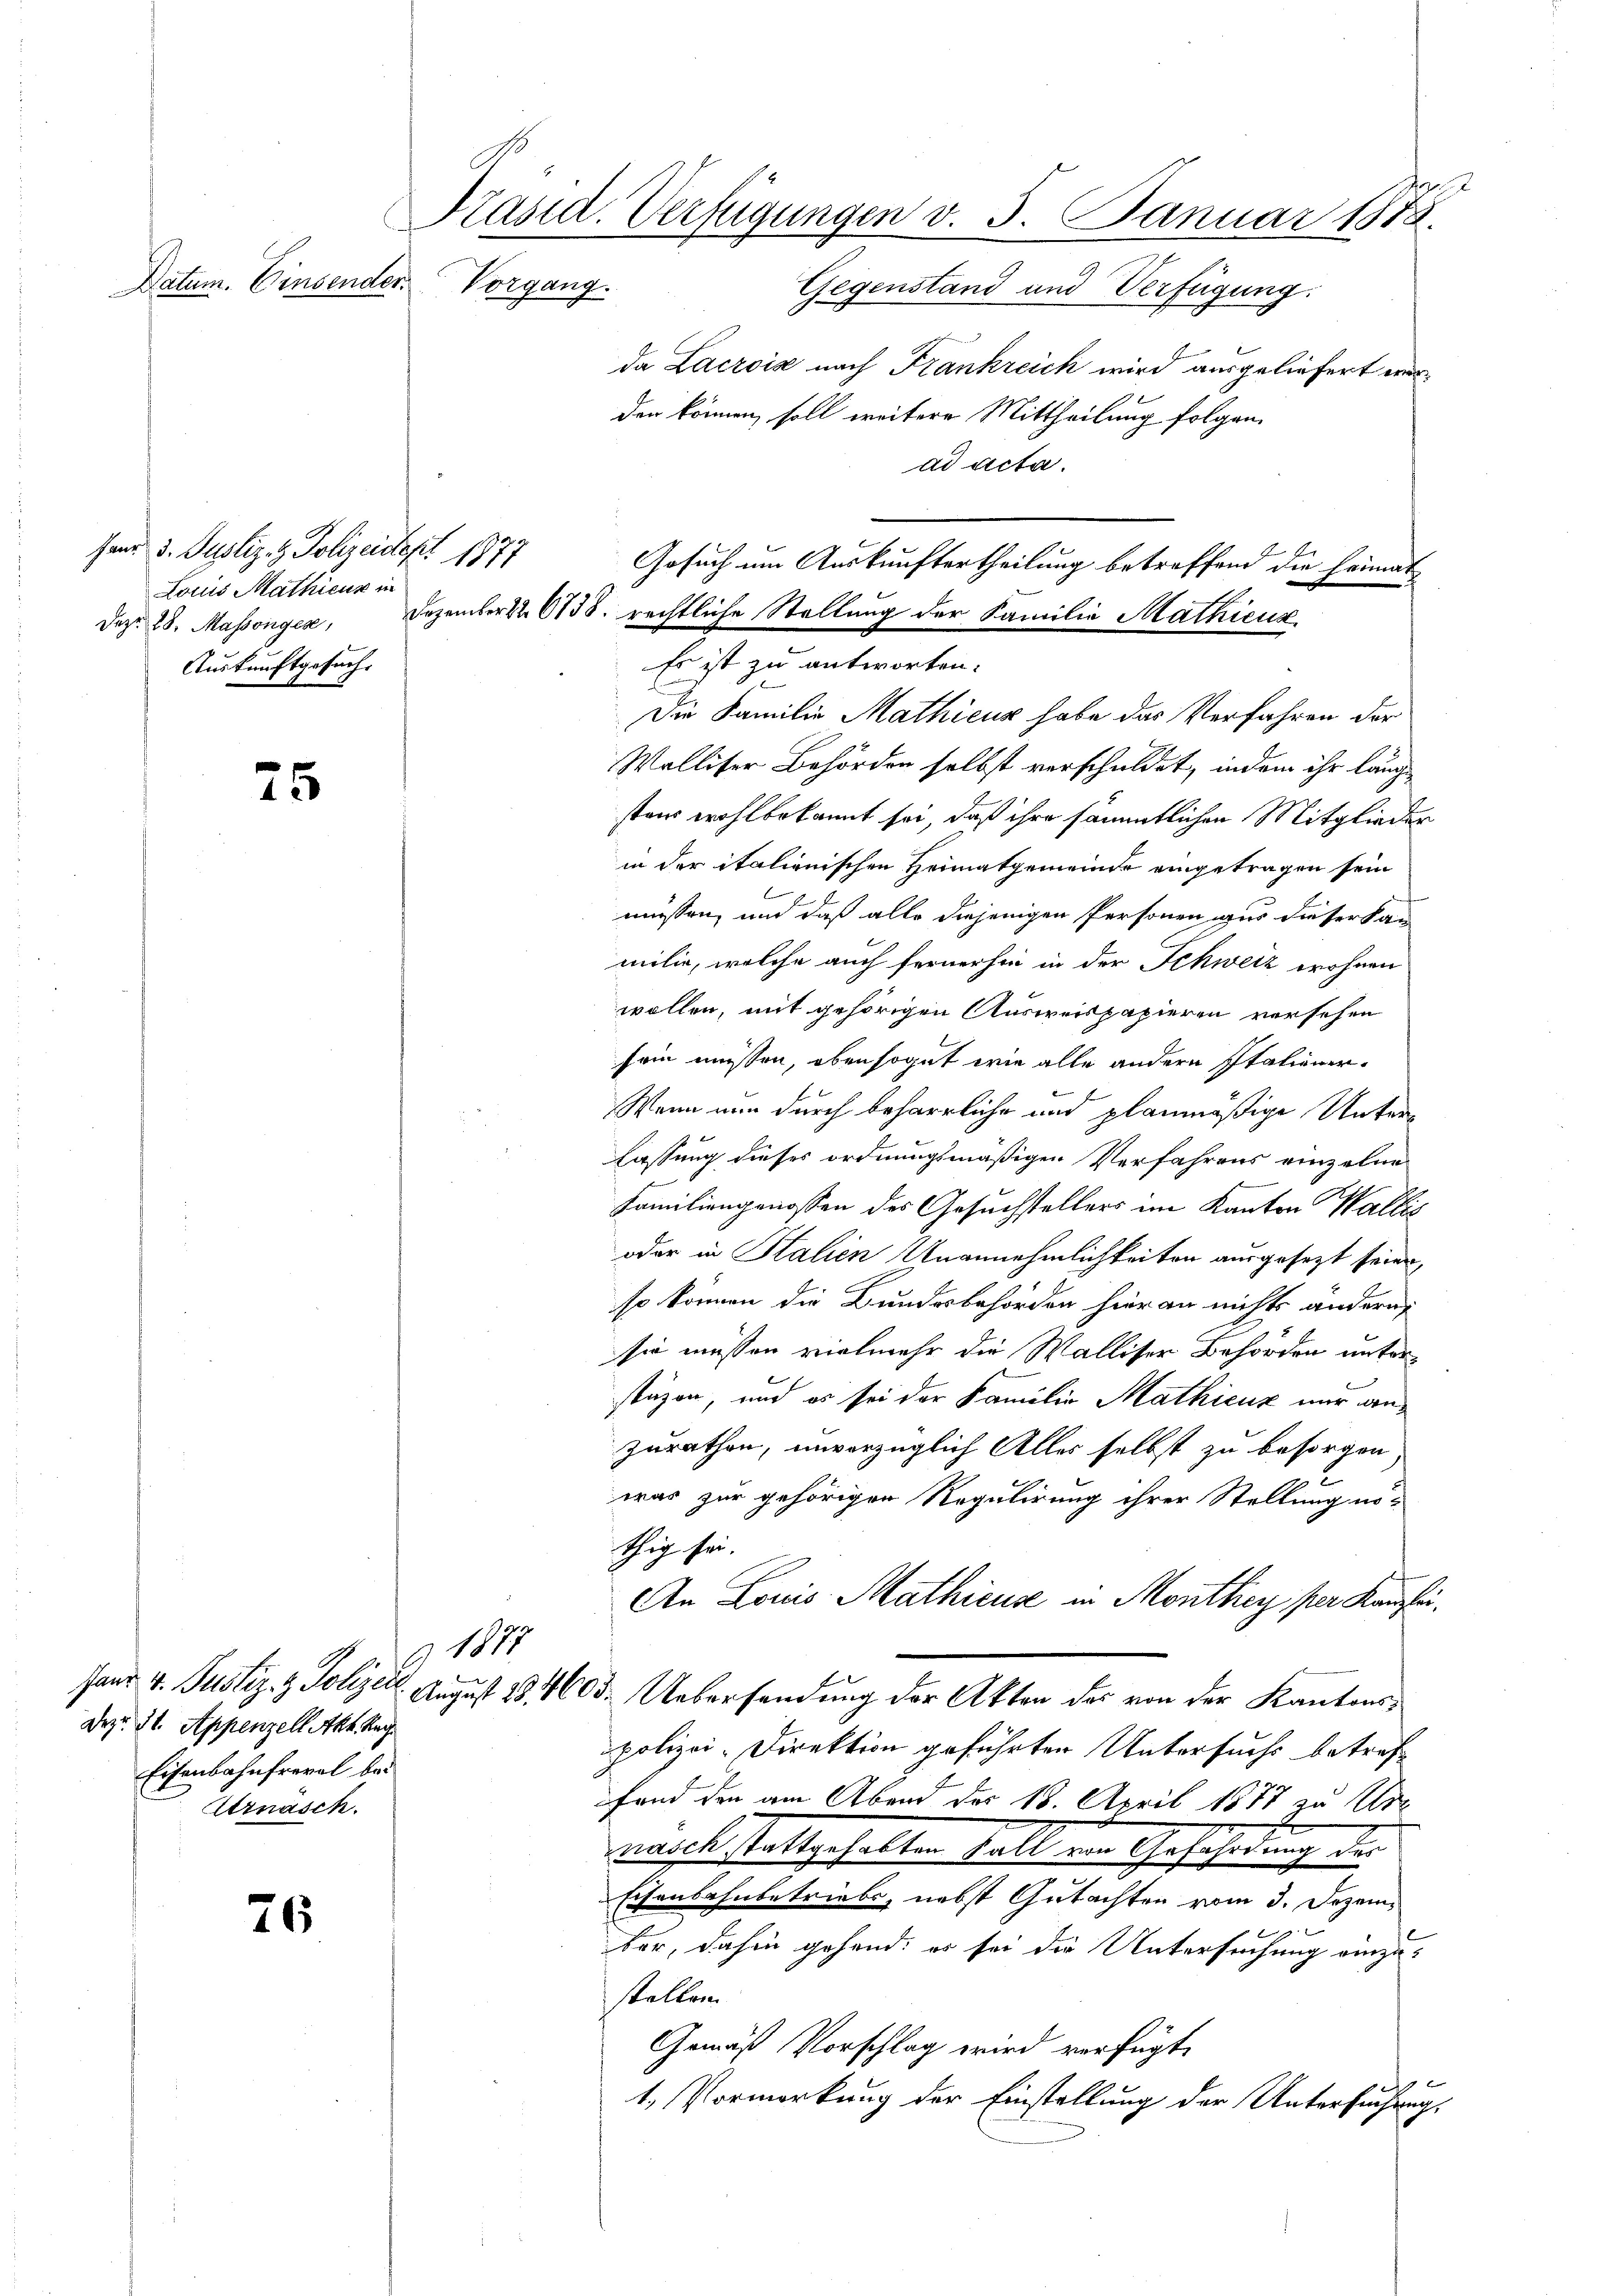
Präsid. Verfügungen v. 5. Januar 1878.
Datum. Einsender
Vorgang.
Gegenstand und Verfügung:

fand 3. Justiz- & Polizeidept 1877
Louis Mathieur in
Dez. 28. Massengen,
Auskunftgesuch.

75

Dezu 31. Appenzell Akt. Nach
Eisenbahnfreval bei
Urnasch.

76

Die Familie Mathicus habe das Verfahren der
Walliser Behörden selbst verschuldet, indem ihr lang
stens wohlbekannt sei, daß ihre sämmtlichen Mitglieder
in der italienischen Heimatgemeinde eingetragen sein
müssen, und daß alle diejenigen Personen aus dieser kan
milie, welche auch fernerhin in der Schweiz wohnen
wollen, mit gehörigen Ausweispapieren versehen
sein müssen, obensogut wie alle andern Italiener¬
Wenn nun durch beharrliche und planmäßige Unterlassung dieses ordnungsmäßigen Verfahrens einzelne
Familiengenossen des Gesuchstellers im Kanton Wallis
oder in Stalien Unannehmlichkeiten ausgesezt seien,
so können die Bundesbehörden hieran nichts andern
sie müssen vielmehr die Walliser Behörden unterstüzen, und es sei der Familie Mathienz nur anzurathen, unvorzüglich Alles selbst zu besorgen,
2
was zur gehörigen Regulirung ihrer Stellung nö-
Zug sei.
An Louis Mathicus in Monthey per Kanzlei.
 1877
fand 4. Justiz- & Polizen. August 184603. Uebersendung der Akten des von der Kantonspolizei-Direktion geführten Untersuchs betreffand den am Abend des 18. April 1877 zu Ur-
wirksstattgehalten Fall im Gefährdung die
Eisenbahnbetriebe, nebst Gutachten vom 3. Dezember, dahin gehend: er sei die Untersuchung einzustellen.
Gemäß Vorschlag wird verfügt,
 f 6
1. Vormerkung der Einstellung der Untersuchung,

da Lacroix nach Frankreich wird ausgeliefert werden können, soll weitere Mittheilung folgen.
ad acta.
Gesuch um Auskunftertheilung betreffend die Heimat

Dezembert. 6138. rechtliche Stellung der Familie Mathieux
Es ist zu antworten.